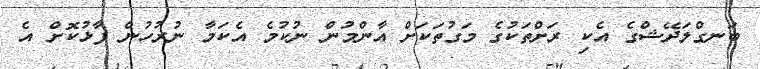
ބަނގްލަދޭޝްގެ އެކި ރަށްތަކުގެ މަގުތަކަށް އާންމުން ނުކުމެ އެކަމާ ނުރުހުން ފާޅުކޮށް އެ